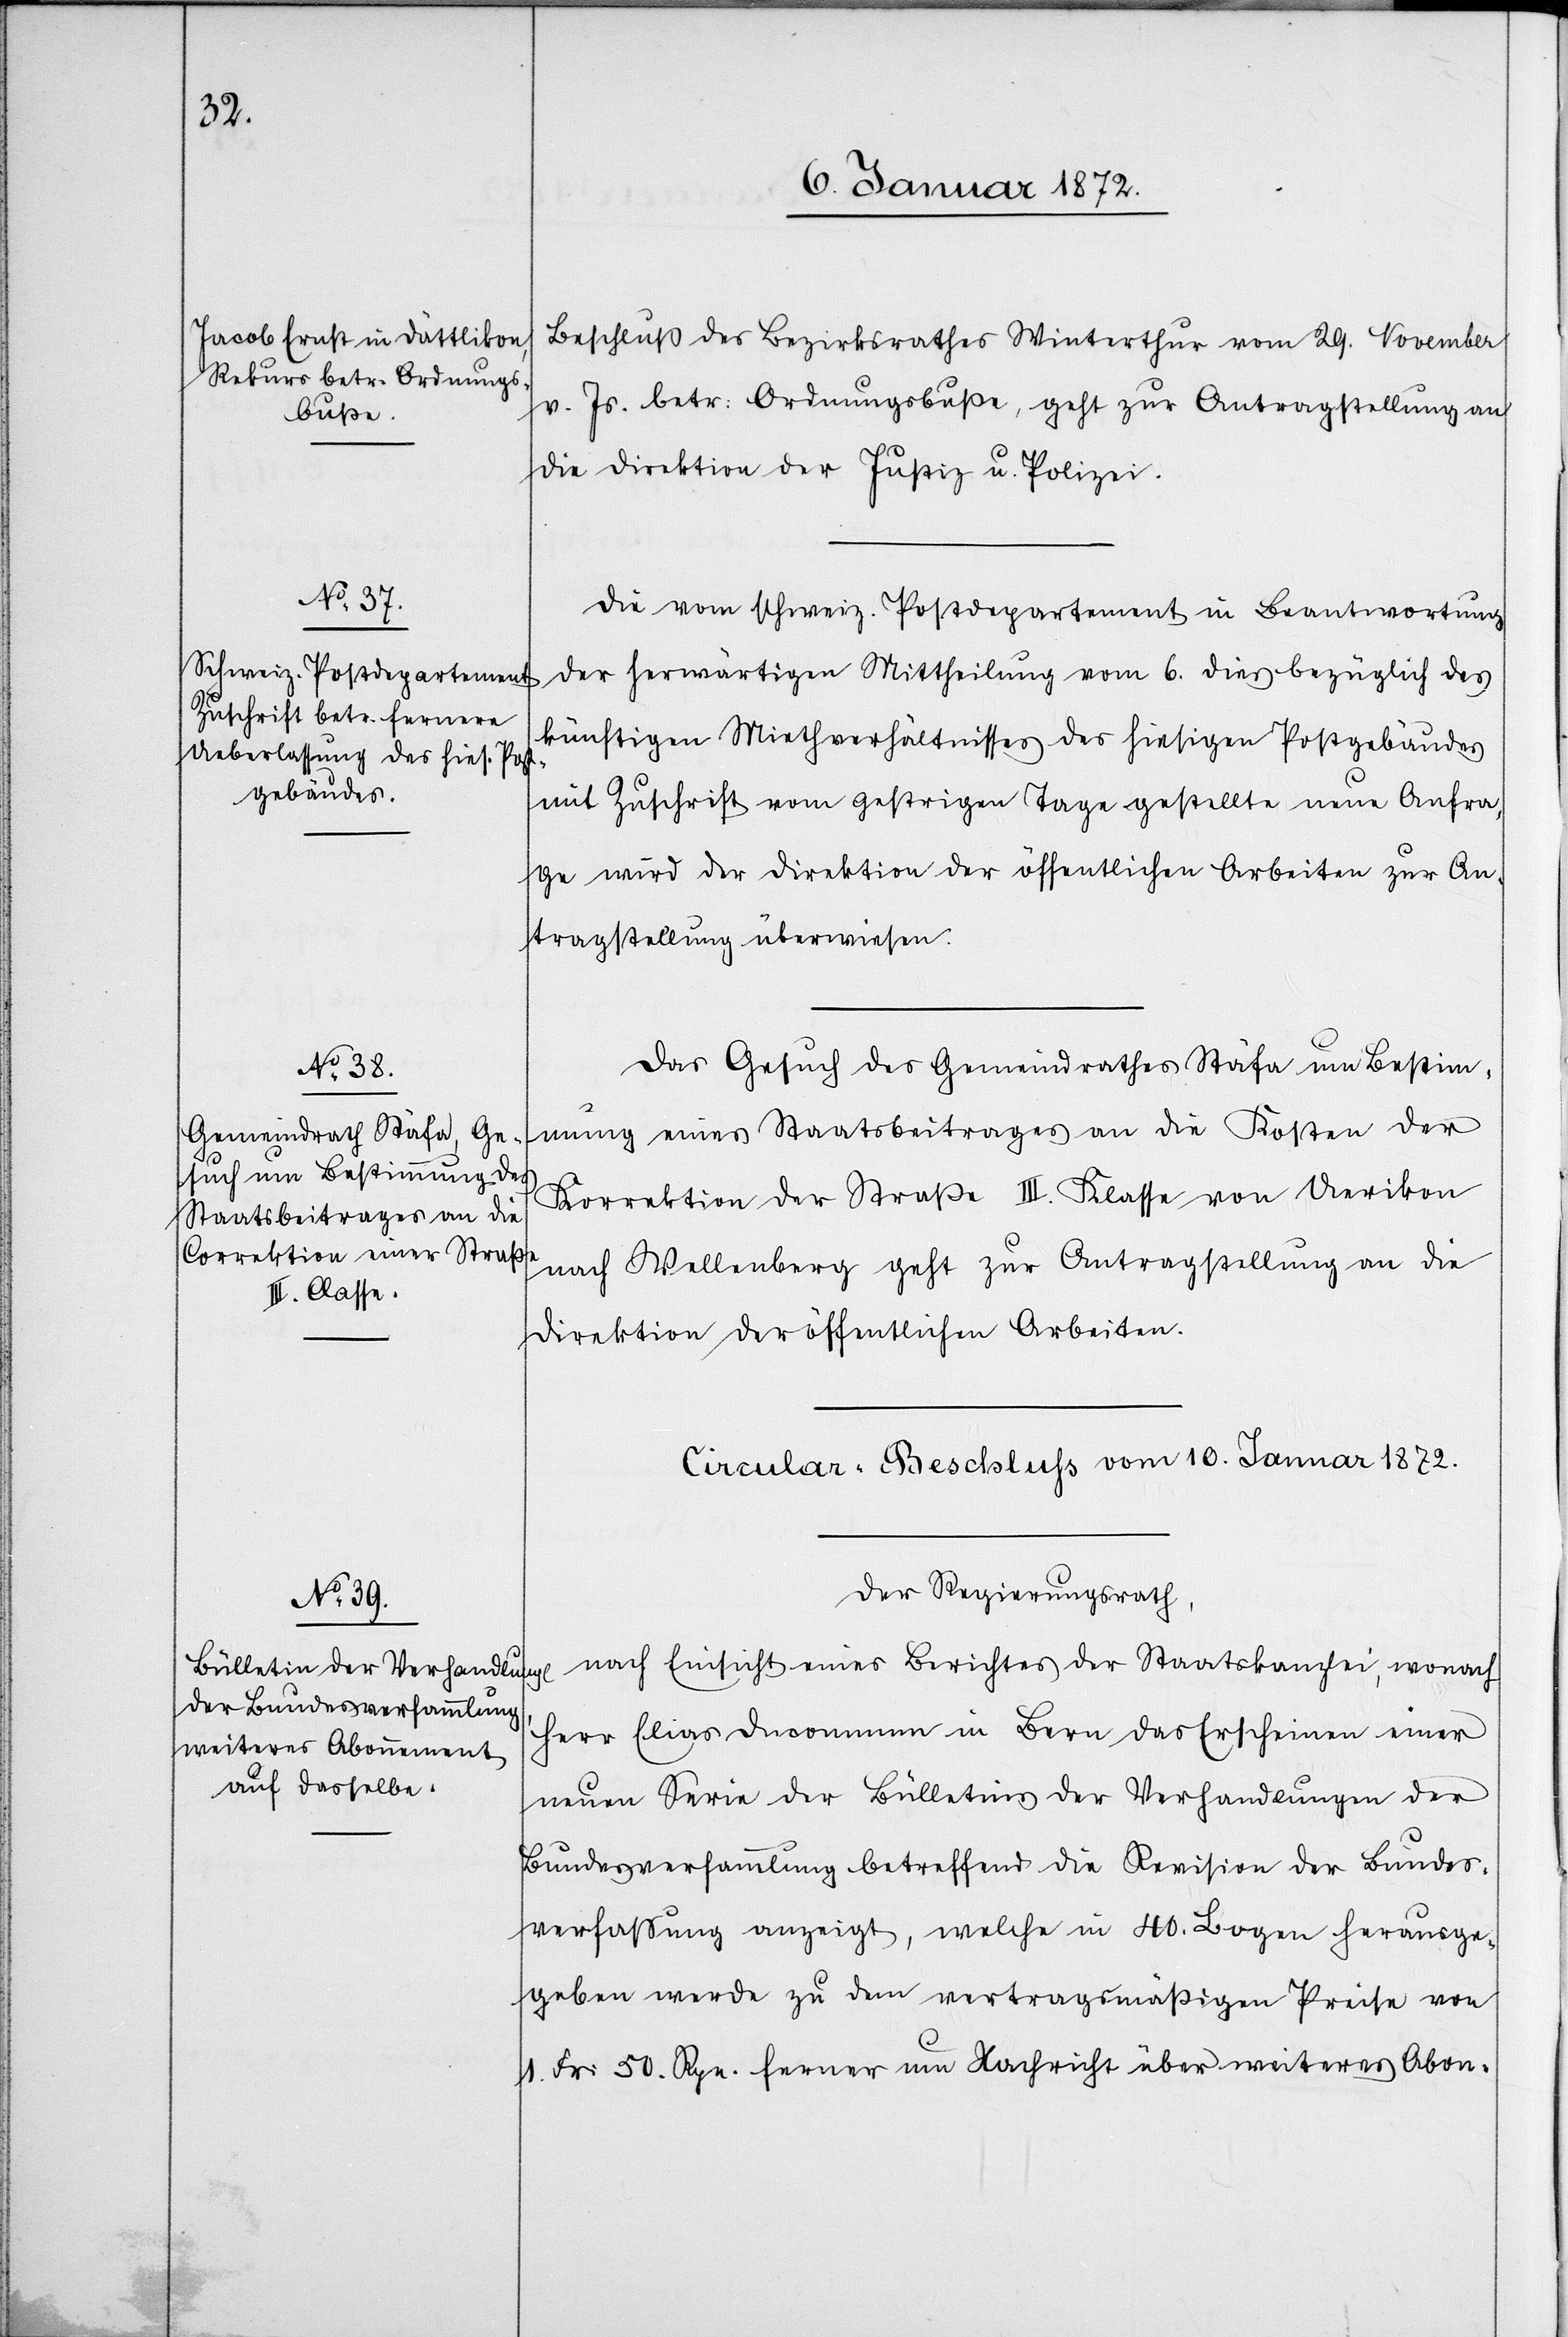
10. Januar 1872.]
Beschluß des Bezirksrathes Winterthur vom 29. November
v. Js. betr. Ordnungsbuße, geht zur Antragstellung an
die Direktion der Justiz u. Polizei.
Die vom Schweiz. Postdepartement in Beantwortung
der herwärtigen Mittheilung vom 6. dies bezüglich des
künftigen Miethverhältnisses des hiesigen Postgebäudes
mit Zuschrift vom gestrigen Tage gestellte neue Anfra¬
ge wird der Direktion der öffentlichen Arbeiten zur An¬
tragsstellung überwiesen.
Das Gesuch des Gemeindrathes Stäfa um Bestim¬
mung eines Staatsbeitrages an die Kosten der
Korrektion der Straße III. Klasse von Uerikon
nach Wellenberg geht zur Antragstellung an die
Direktion der öffentlichen Arbeiten.
Circular-Beschluss vom 10. Januar 1872.
Der Regierungsrath,
nach Einsicht eines Berichtes der Staatskanzlei, wonach
Herr Elias D[?] in Bern das Erscheinen einer
neuen Serie der Bülletins der Verhandlungen der
Bundesversammlung betreffend die Revision der Bundes¬
verfassung anzeigt, welche in 40. Lagen herausge¬
geben werde zu dem vertragsmäßigen Preise von
1.Fr: 50.Rpn. ferner um Nachricht über weiteres Abon-